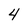
Character: 4